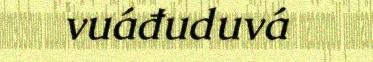
vuáđuduvá